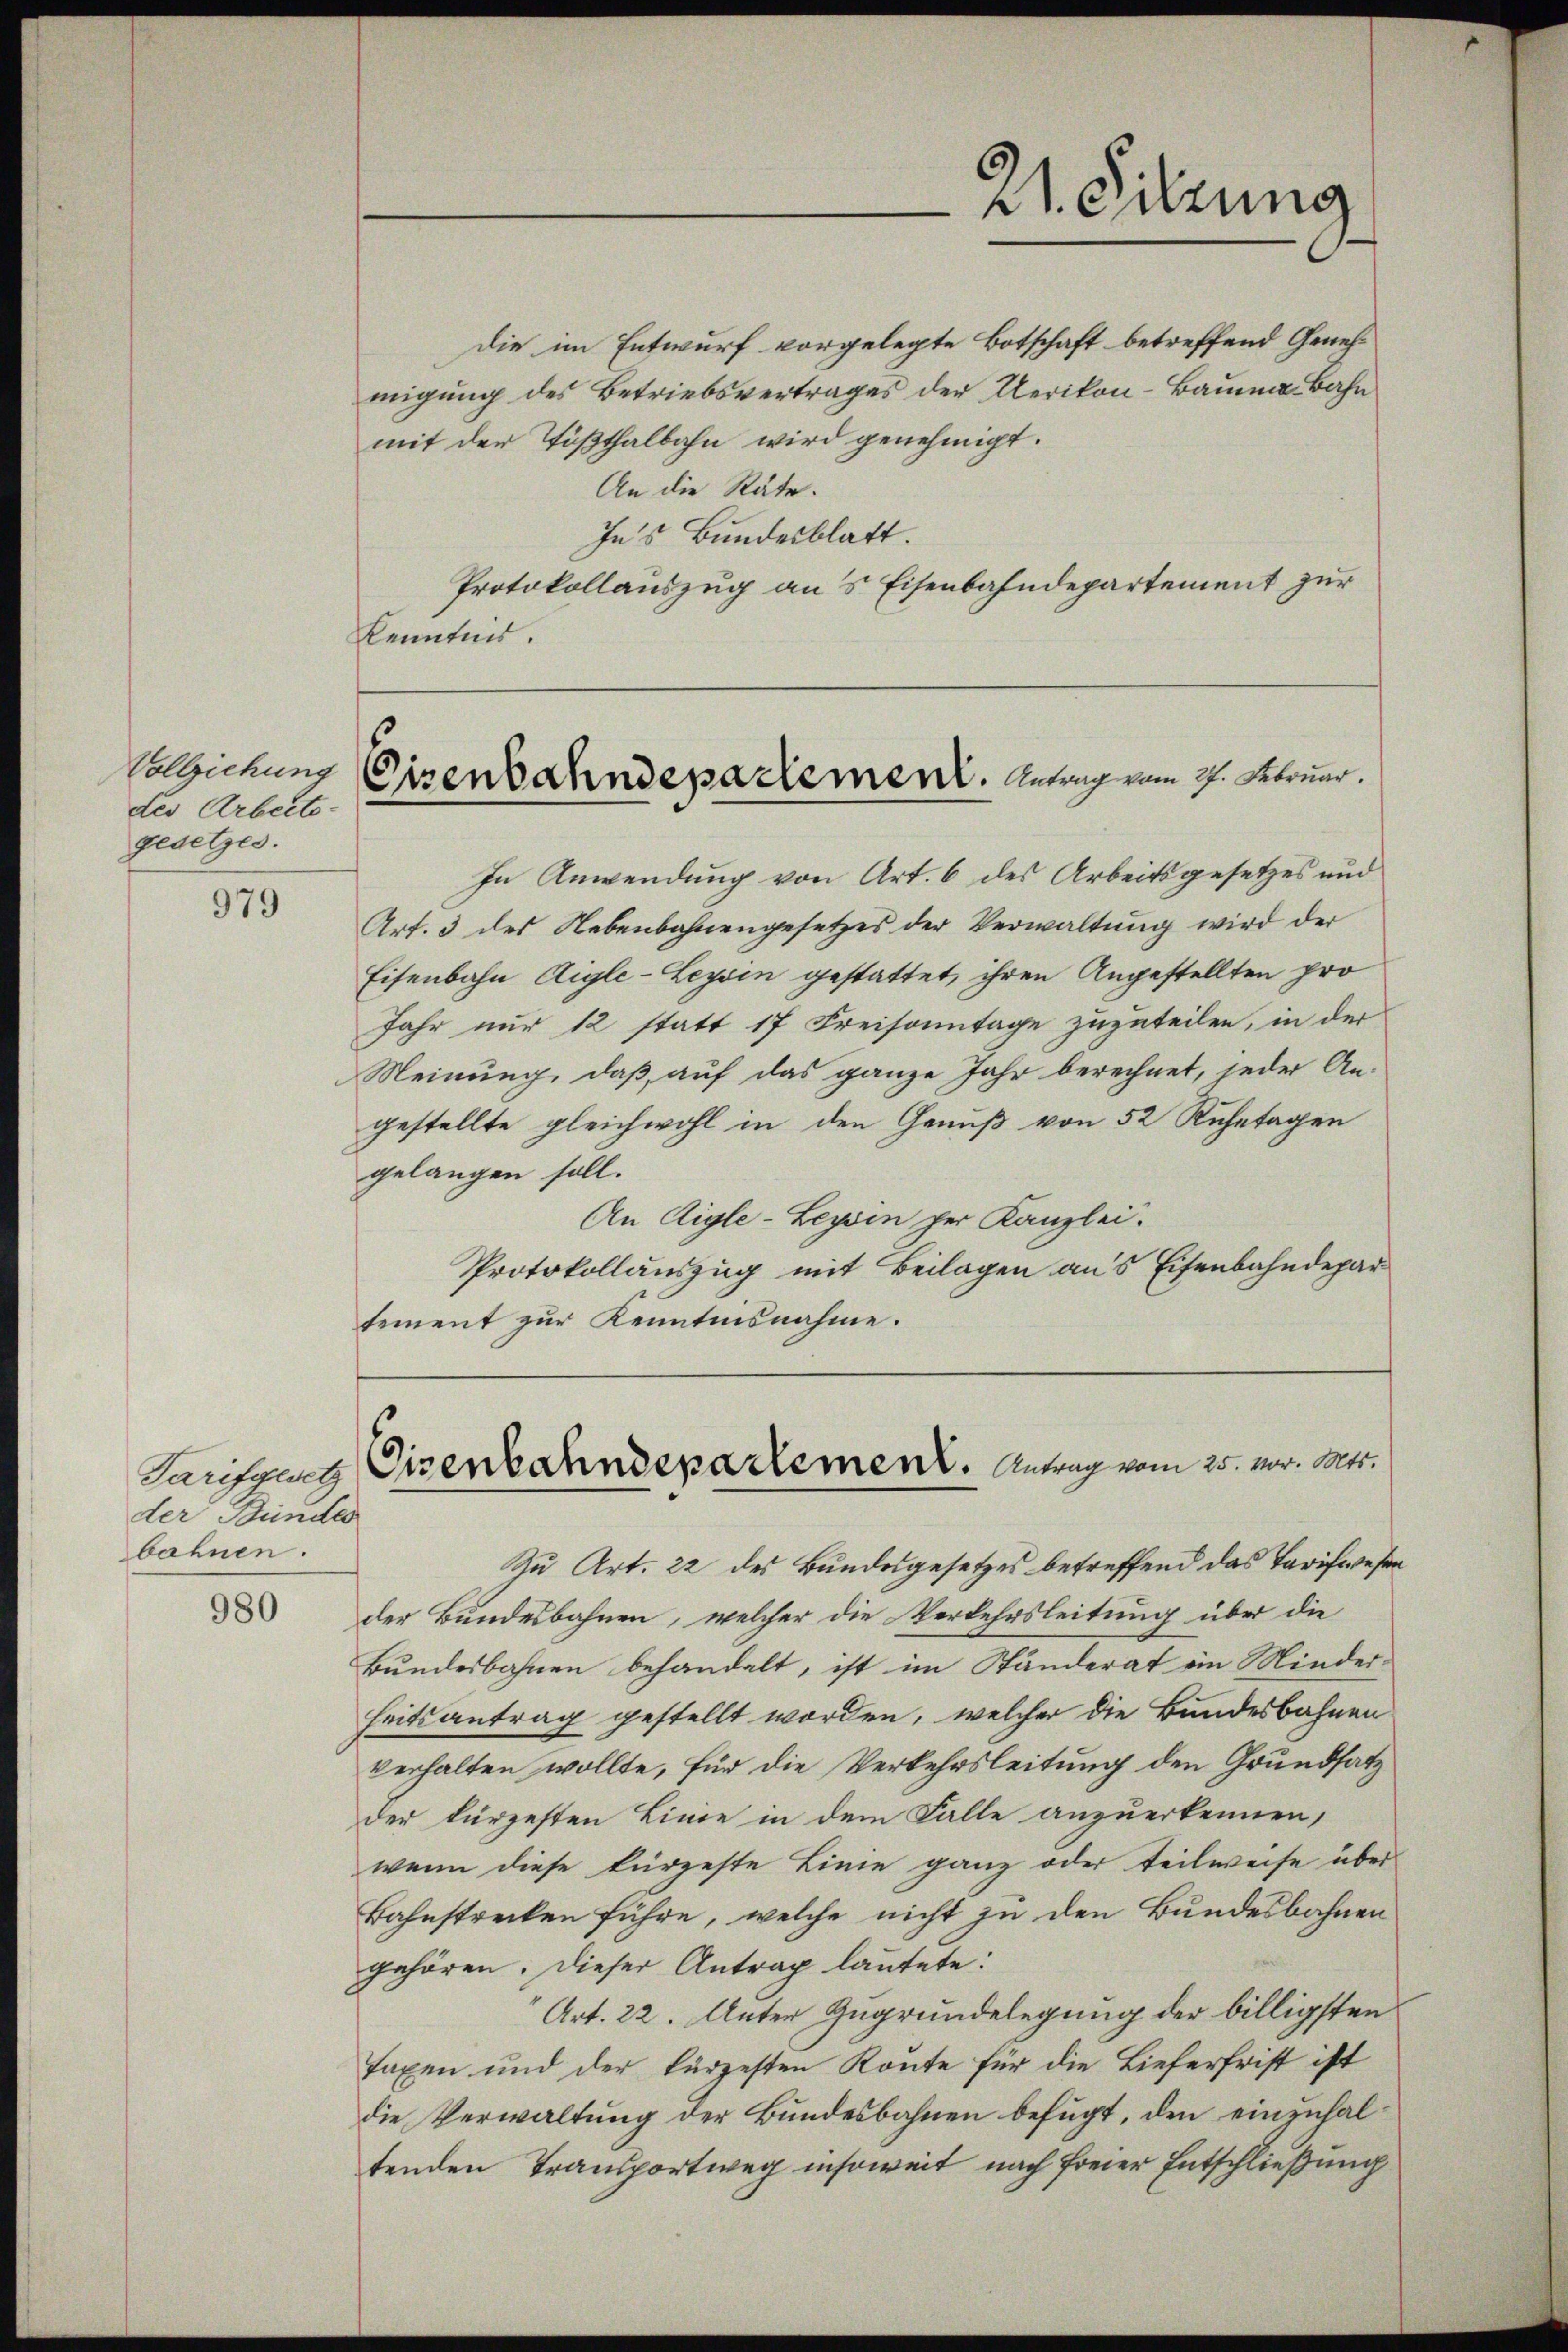
Vollziehung
des Arbeitegesetzes.

979

der Bundes
bahnen.

980

migung des Betriebsvertrages der Uerikon-Bauma, Bahn
mit der Tößthalbahn wird genehmigt.
An die Räte.
In’s Bundesblatt.
Protokollauszug ans Eisenbahndepartement zur
Kenntnis.

In Anwendung von Art. 6 des Arbeitsgesetzes und
Art. 3 des Nebenbahnengesetzes der Verwaltung wird der
Eisenbahn Aigle-Leysin gestattet, ihren Angestellten pro
Jahr nur 12 statt 17 Freisonntage zuzuteilen, in der
Meinung, daß auf das ganze Jahr berechnet, jeder Angestellte gleichwohl in den Genuß von 52 Ruhetagen
gelangen soll.
An Aigle-Leysin per Kanzlei.
Protokollauszug mit Beilagen aus Eisenbahndepar
tement zur Kenntnisnahme.

Mt. Sitzung

Eisenbahndepartement. Antrag vom 27. Februar.

die im Entwurf vorgelegte Botschaft betreffend Geneh¬

Zu Art. 22 des Bundesgesetzes betreffend das Tarifwesen
der Bundesbahnen, welcher die Verkehrsleitung über die
Bundesbahnen behandelt, ist im Ständerat ein Minderheitsantrag gestellt worden, welcher die Bundesbahnen
verhalten wollte, für die Verkehrsleitung den Grundsatz
der kürzesten Linie in dem Falle anzuerkennen,
wenn diese kürzeste Linie ganz oder teilweise über
Bahnstrecken führe, welche nicht zu den Bundesbahnen
gehören. Dieser Antrag lautete:
Art. 22. Unter Zugrundelegung der billigsten
Taxen und der kürzesten Route für die Lieferfrist ist
die Verwaltung der Bundesbahnen befugt, den einzuhaltenden Transportweg insoweit nach freier Entschließung

Tarifgut Eisenbahndepartement. Antrag vom 25. vor. Mts.